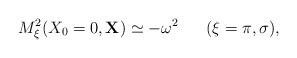
LaTeX: \begin{align*}M_\xi^2 (X_0 = 0, {\bf X}) \simeq - \omega^2 \;\;\;\;\;\; (\xi = \pi, \sigma) ,\end{align*}